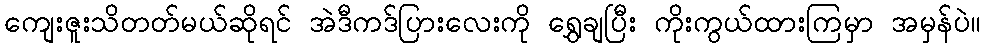
ကျေးဇူးသိတတ်မယ်ဆိုရင် အဲဒီကဒ်ပြားလေးကို ရွှေချပြီး ကိုးကွယ်ထားကြမှာ အမှန်ပဲ။